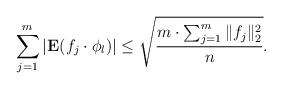
LaTeX: \begin{align*}\sum_{j=1}^m\left|{\textbf E}(f_j\cdot \phi_l)\right|\le \sqrt{\frac{ m\cdot \sum_{j=1}^m\|f_j\|_2^2}{ n}}.\end{align*}